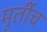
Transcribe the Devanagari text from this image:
मूर्तीच